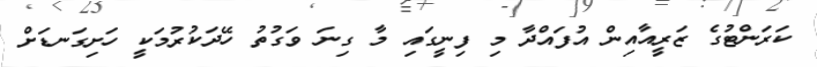
ކަރަންޓުގެ ޒަރީއާއިން އުފައްދާ މި ފިނީގައި މާ ގިނަ ވަގުތު ހޭދަކުރުމަކީ ހަށިގަނޑަށް